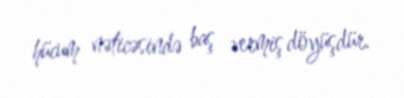
hücum nəticəsində baş vermiş döyüşdür.